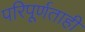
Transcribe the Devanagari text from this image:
परिपूर्णताही